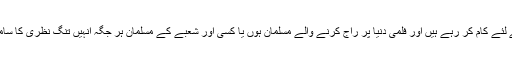
مسلمان ملک کے لئے کام کر رہے ہیں اور فلمی دنیا پر راج کرنے والے مسلمان ہوں یا کسی اور شعبے کے مسلمان ہر جگہ انہیں تنگ نظری کا سامنا کرنا پڑتا ہے۔